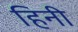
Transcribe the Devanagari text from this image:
हिनी